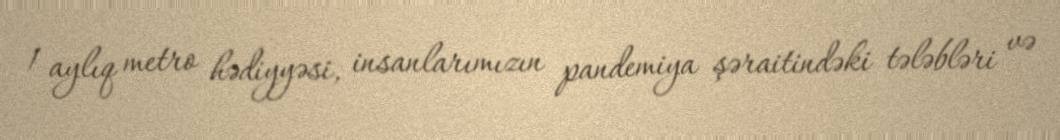
1 aylıq metro hədiyyəsi, insanlarımızın pandemiya şəraitindəki tələbləri və